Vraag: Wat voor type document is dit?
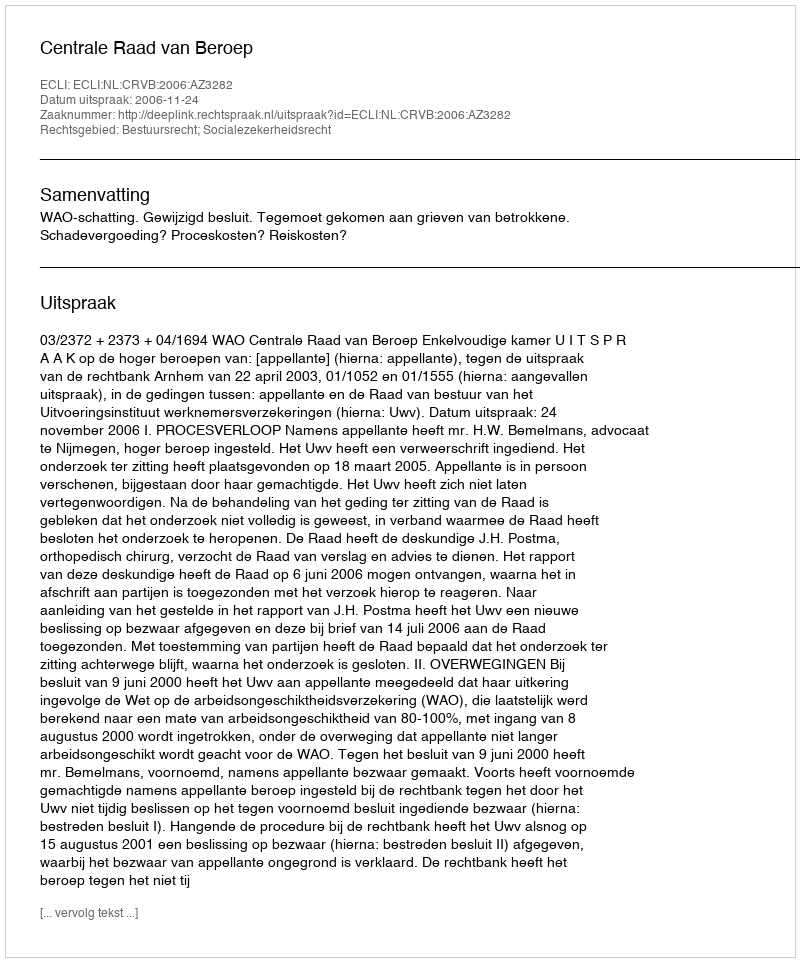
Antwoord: Uitspraak